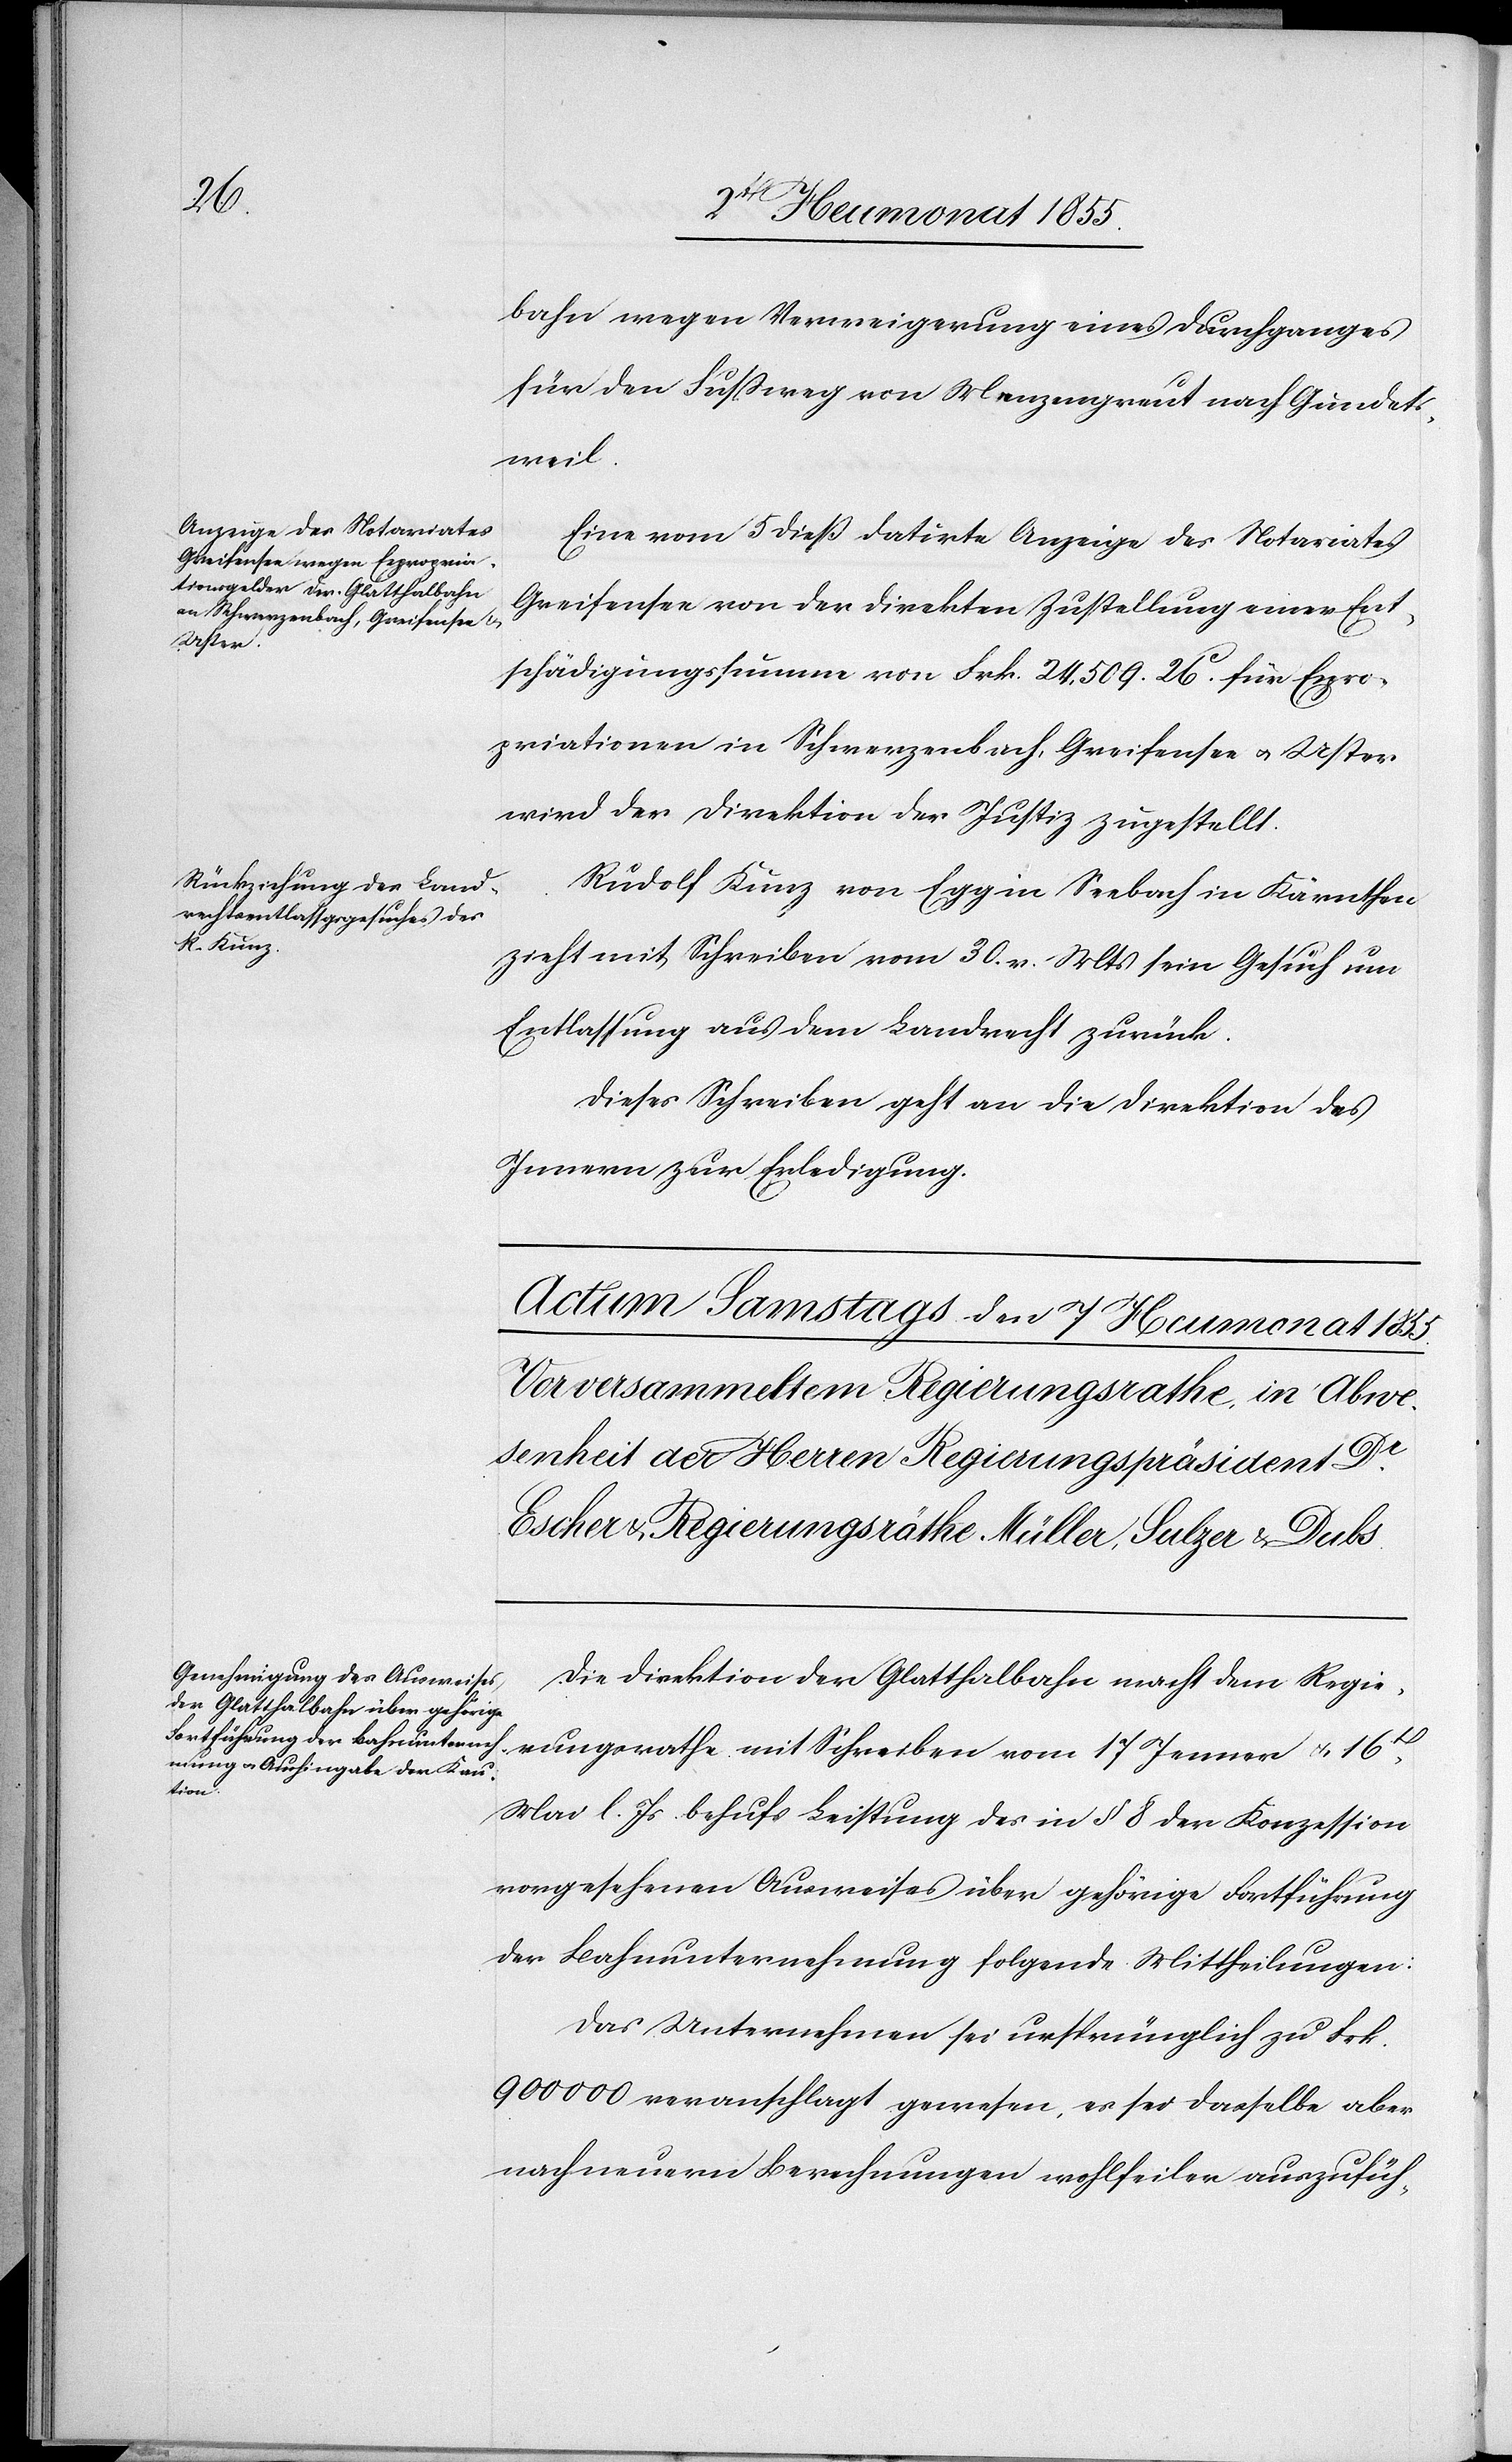
6t[en] Heumonat 1855.]
bahn wegen Verweigerung eines Durchganges
für den Fussweg von Menzengreut nach Gundets¬
weil.
Eine vom 5 dieß datirte Anzeige des Notariates
Greifensee von der direkten Zustellung einer Ent¬
schädigungssumme von Frk. 24,509. 26C. für Expro¬
priationen in Schwerzenbach, Greifensee & Uster
wird der Direktion der Justiz zugestellt.
Rudolf Kunz von Egg in Seebach in Kärnthen
zieht mit Schreiben vom 30. v. Mts sein Gesuch um
Entlassung aus dem Landrecht zurück.
Dieses Schreiben geht an die Direktion des
Innern zur Erledigung.
Die Direktion der Glatthalbahn macht dem Regie¬
rungsrathe mit Schreiben vom 17 Jenner & 16t[en]
Mai l. Js. behufs Leistung des in § 8 der Konzession
vorgesehenen Ausweises über gehörige Fortführung
der Bahnunternehmung folgende Mittheilungen:
Das Unternehmen sei ursprünglich zu Frk.
900 000 veranschlagt gewesen, es sei dasselbe aber
nach neuern Berechnungen wohlfeiler auszufüh-